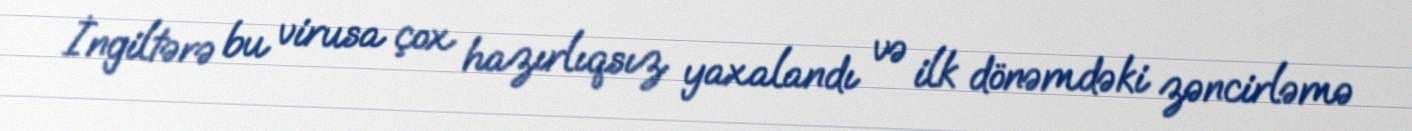
İngiltərə bu virusa çox hazırlıqsız yaxalandı və ilk dönəmdəki zəncirləmə